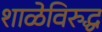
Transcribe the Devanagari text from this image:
शाळेविरुद्ध